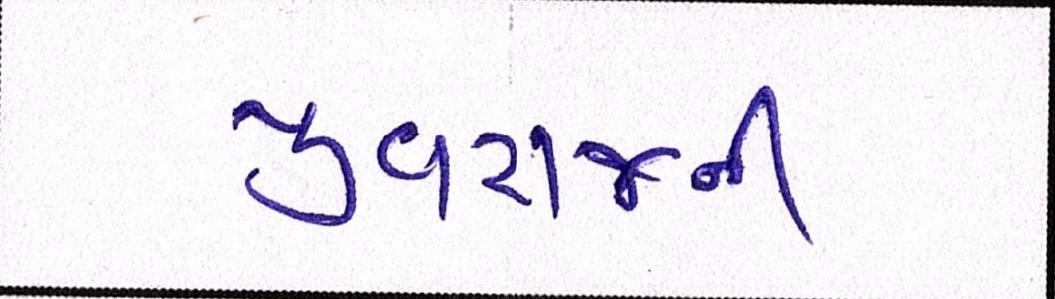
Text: યુવરાજની